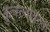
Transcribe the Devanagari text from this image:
कुचंल्यावरचे